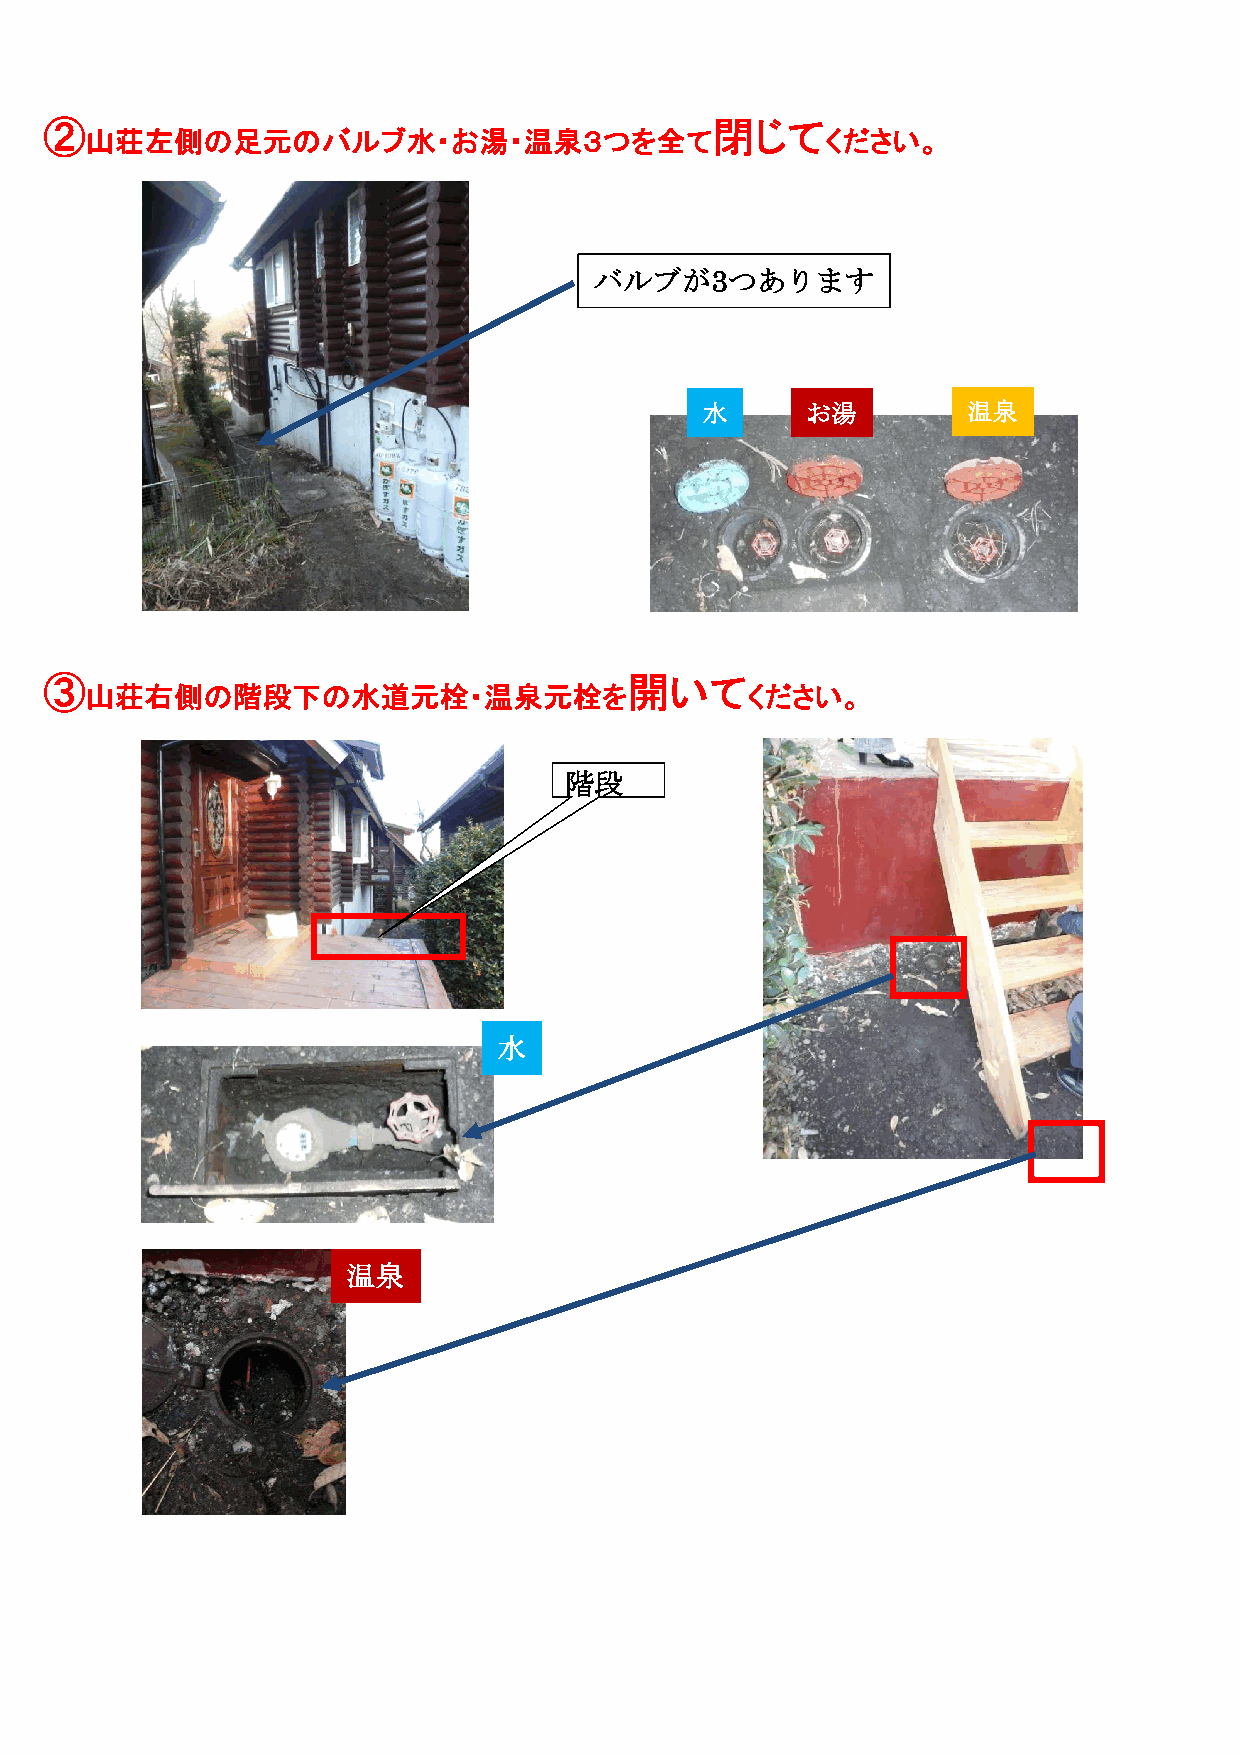
②                                           閉じて
 山荘左側の足元のバルブ水・お湯・温泉３つを全て                          ください。
 バルブが3つあります
 水     お湯         温泉
 ③                                      開いて
 山荘右側の階段下の水道元栓・温泉元栓を                        ください。
 階段
 水
 温泉